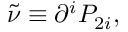
\tilde { \nu } \equiv \partial ^ { i } { \cal P } _ { 2 i } ,